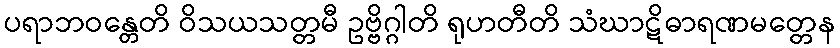
ပရာဘဝန္တေတိ ဝိသယသတ္တမီ ဥဗ္ဗိဂ္ဂါတိ ရုဟတီတိ သံဃာဋိဓာရဏမတ္တေန